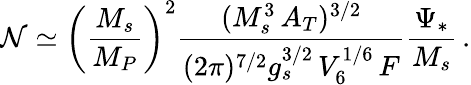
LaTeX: \mathcal{N}\simeq\left(\frac{{M_{s}}}{{M_{P}}}\right)^{2}\frac{{(M_{s}^{3}\, A_{T})^{3/2}}}{{(2\pi)^{7/2}g_{s}^{3/2}\, V_{6}^{1/6}\, F}}\frac{{\Psi_{*}}}{{M_{s}}}\, .